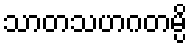
သာတသဟဂတမ္ပိ